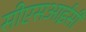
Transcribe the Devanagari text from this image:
सीएसआईसी